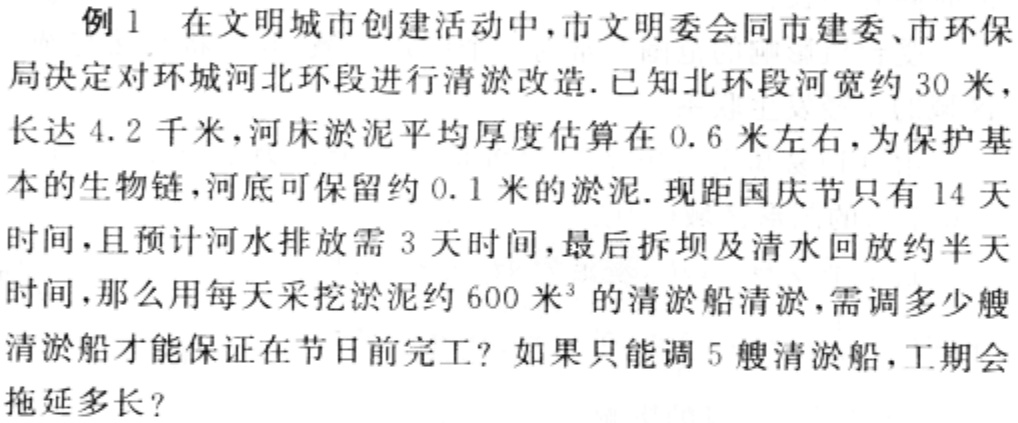
例1 在文明城市创建活动中,市文明委会同市建委、市环保

局决定对环城河北环段进行清淤改造.已知北环段河宽约 30 米,

长达 4.2 千米,河床淤泥平均厚度估算在 0.6 米左右,为保护基

本的生物链,河底可保留约 0.1 米的淤泥.现距国庆节只有 14 天

时间,且预计河水排放需 3 天时间,最后拆坝及清水回放约半天

时间,那么用每天采挖淤泥约 600 米³ 的清淤船清淤,需调多少艘

清淤船才能保证在节日前完工？如果只能调 5 艘清淤船,工期会

拖延多长？